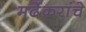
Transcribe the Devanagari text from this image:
मर्ढेकरांचे